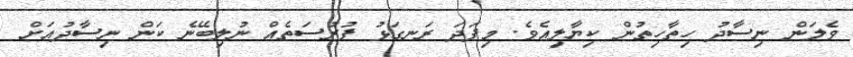
ވެލަން ނިސާދު ހިތާހިތުން ކިޔާލިއެވެ. މިފަދަ ރަނގަޅު ފުރުސަތެއް ނުލިބޭނެ ކަން ނިސާދުއަށް